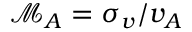
\mathcal { M } _ { A } = \sigma _ { v } / v _ { A }